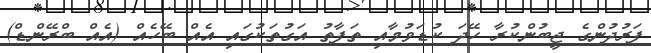
ފަރުދުންގެ ޖީބުންކުރާ ހޭދަ ކުޑަވުމާއި ތަފާތު އަގުތަކުގައި އެއް ބޭހެއް (އެއް ބްރޭންޑް)